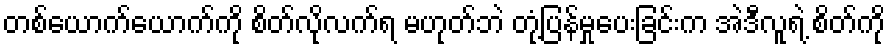
တစ်ယောက်ယောက်ကို စိတ်လိုလက်ရ မဟုတ်ဘဲ တုံ့ပြန်မှုပေးခြင်းက အဲဒီလူရဲ့ စိတ်ကို